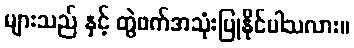
များသည် နှင့် တွဲဖက်အသုံးပြုနိုင်ပါသလား။